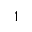
^ 1